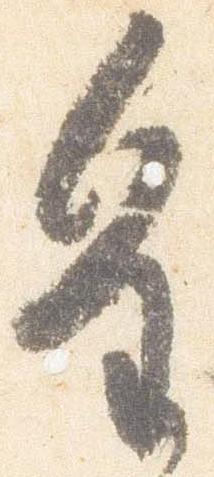
皇